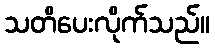
သတိပေးလိုက်သည်။